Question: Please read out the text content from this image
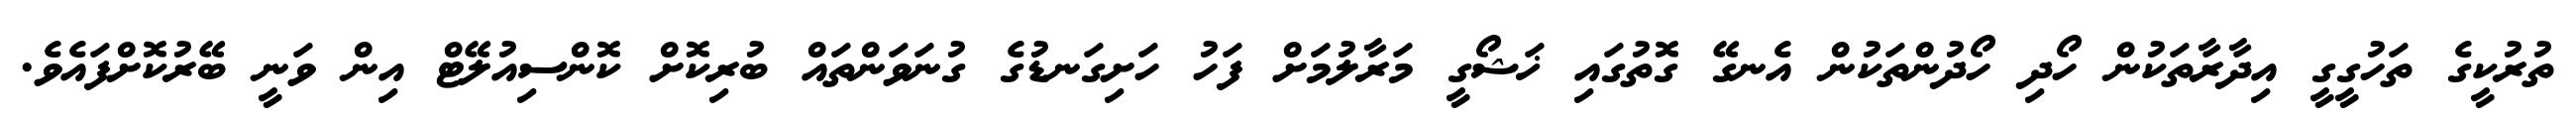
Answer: ތުރުކީގެ ތަހުގީގީ އިދާރާތަކުން ހޯދި ހޯދުންތަކުން އެނގޭ ގޮތުގައި ޚަޝޯގީ މަރާލުމަށް ފަހު ހަށިގަނޑުގެ ގުނަވަންތައް ބުރިކޮށް ކޮންސިއުލޭޓް އިން ވަނީ ބޭރުކޮށްފައެވެ.